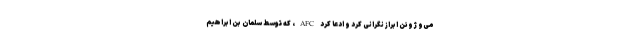
می‌و ژوئن ابراز نگرانی کرد و ادعا کرد AFC، که توسط سلمان بن ابراهیم